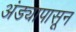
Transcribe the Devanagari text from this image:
अंड्यापासून